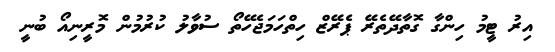
އިރު ޓީމު ހިންގާ ގޮތާދޭތެރޭ ޕެރޭޒް ހިތްހަމަޖެހޭތޯ ސުވާލު ކުރުމުން މޮރީނިއޯ ބުނީ